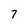
Character: 7